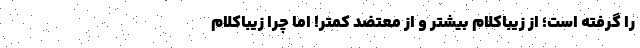
را گرفته است؛ از زیباکلام بیشتر و از معتضد کمتر! اما چرا زیباکلام